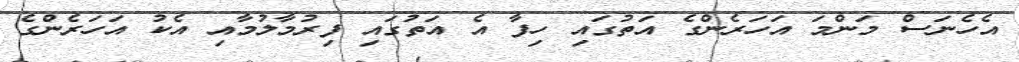
އެހެނަސް މަންމަ އަހަރެންގެ އަތުގައި ހިފާ އެ އަތުގައި ފިރުމާލުމާއި އެކު އަހަރެންގެ